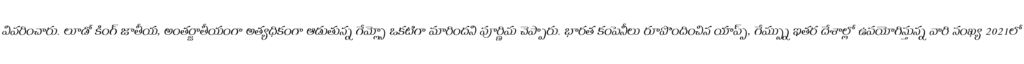
వివరించారు. లూడో కింగ్ జాతీయ, అంతర్జాతీయంగా అత్యధికంగా ఆడుతున్న గేమ్స్లో ఒకటిగా మారిందని పూర్ణిమ చెప్పారు. భారత కంపెనీలు రూపొందించిన యాప్స్, గేమ్స్ను ఇతర దేశాల్లో ఉపయోగిస్తున్న వారి సంఖ్య 2021లో